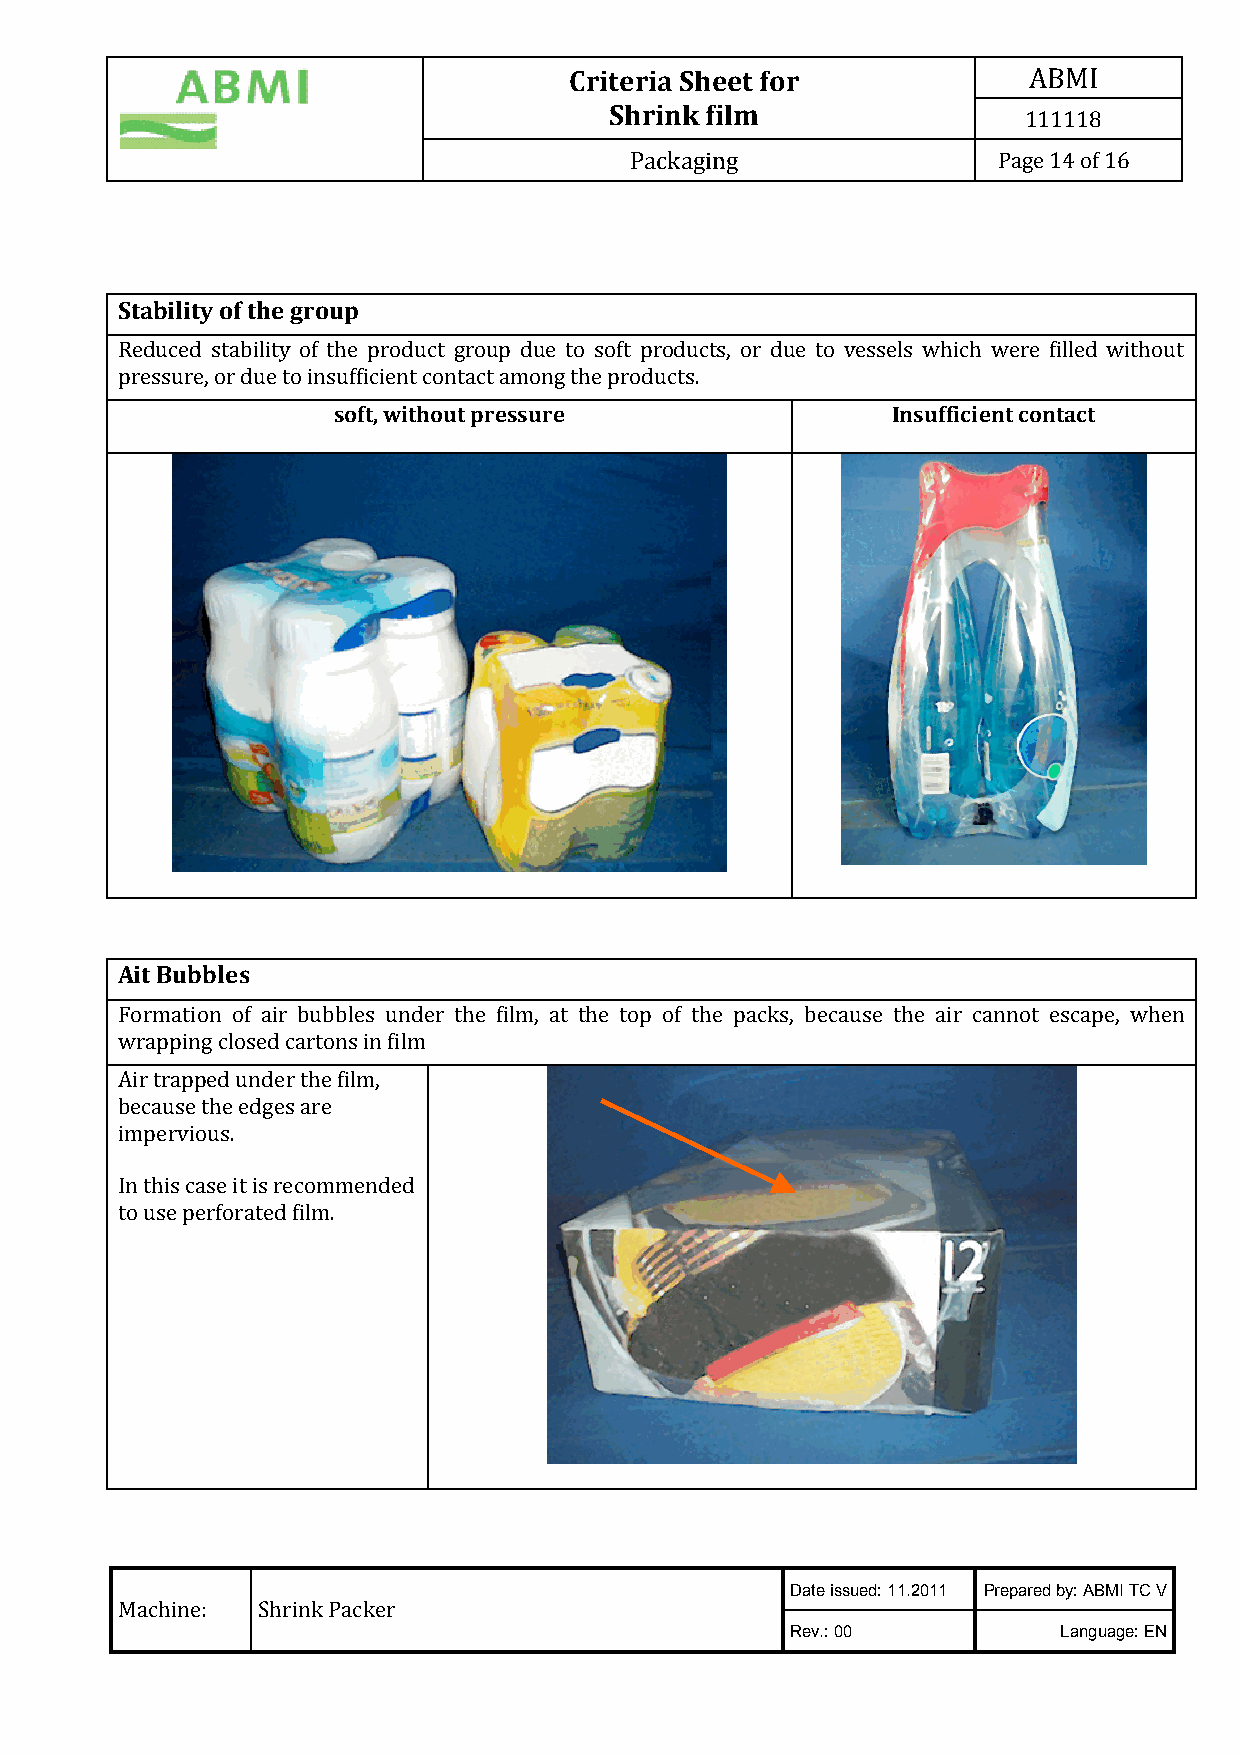
Criteria Sheet for            ABMI
 Shrink film
 111118
 Packaging               Page 14 of 16
 Stability of the group
 Reduced stability of the product group due to soft products, or due to vessels which were filled without
 pressure, or due to insufficient contact among the products.
 soft, without pressure               Insufficient contact
 Ait Bubbles
 Formation of air bubbles under the film, at the top of the packs, because the air cannot escape, when
 wrapping closed cartons in film
 Air trapped under the film,
 because the edges are
 impervious.
 In this case it is recommended
 to use perforated film.
 Date issued: 11.2011 Prepared by: ABMI TC V
 Machine: Shrink Packer
 Rev.: 00          Language: EN